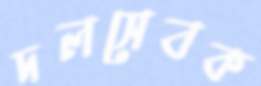
দলসেবক